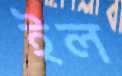
ইল